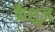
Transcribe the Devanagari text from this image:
फ्रैशुज़